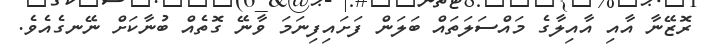
ރޮޒޭނާ އާއި އާއިލާގެ މައްސަލަތައް ބަލަން ފަށައިފިނަމަ ވާނޭ ގޮތެއް ބުނާކަށް ނޭނގެއެވެ.